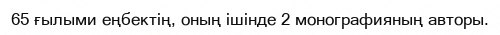
65 ғылыми еңбектің, оның ішінде 2 монографияның авторы.